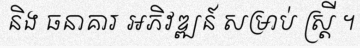
និង ធនាគារ អភិវឌ្ឍន៍ សម្រាប់ ស្ត្រី ។